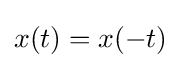
x(t)=x(-t)